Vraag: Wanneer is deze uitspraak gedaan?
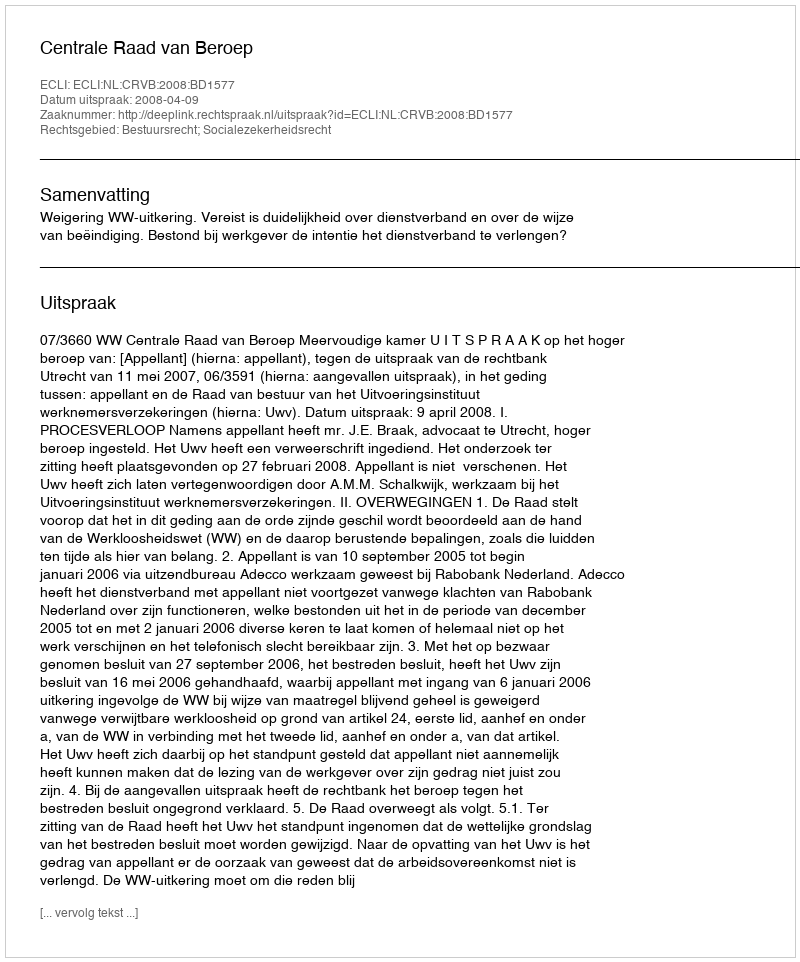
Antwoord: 2008-04-09